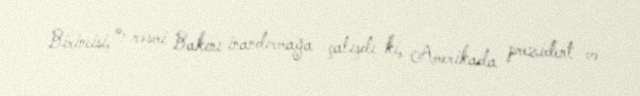
Birincisi, o, rəsmi Bakını inandırmağa çalışdı ki, Amerikada prezident və